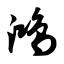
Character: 鸿